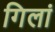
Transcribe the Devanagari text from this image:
गिलां